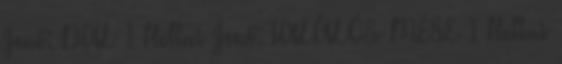
Jenő: DAL 1 Heltai Jenő: TALÁLÓS MESE 1 Heltai